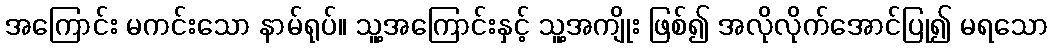
အကြောင်း မကင်းသော နာမ်ရုပ်။ သူ့အကြောင်းနှင့် သူ့အကျိုး ဖြစ်၍ အလိုလိုက်အောင်ပြု၍ မရသော